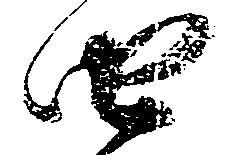
由